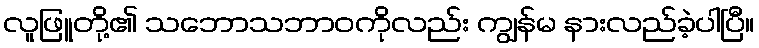
လူဖြူတို့၏ သဘောသဘာဝကိုလည်း ကျွန်မ နားလည်ခဲ့ပါပြီ။